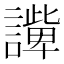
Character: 𧬟